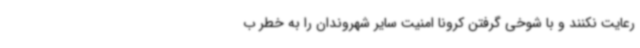
رعایت نکنند و با شوخی گرفتن کرونا امنیت سایر شهروندان را به خطر ب